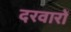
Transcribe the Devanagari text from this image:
दरवारों